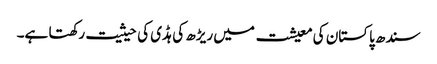
سندھ پاکستان کی معیشت میں ریڑھ کی ہڈی کی حیثیت رکھتا ہے۔